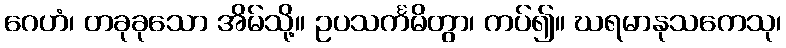
ဂေဟံ၊ တခုခုသော အိမ်သို့။ ဥပသင်္ကမိတွာ၊ ကပ်၍။ ဃရမာနုသကေသု၊